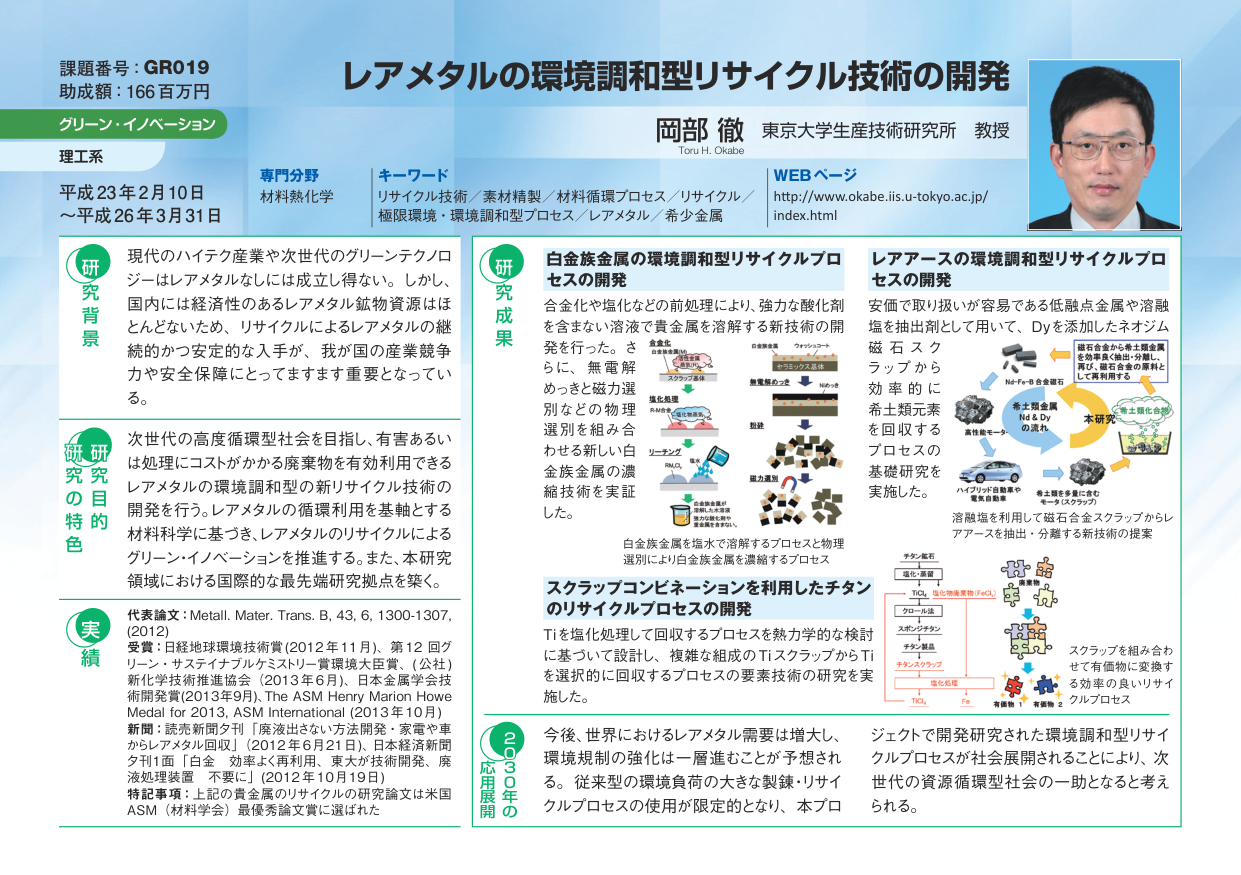
課題番号：GR019
助成額：166百万円
グリーン・イノベーション
理工系
平成23年2月10日
～平成26年3月31日

専門分野
材料熱化学

キーワード
リアメタル技術／素材精製／材料循環プロセス／リサイクル／
極限環境・環境調和型プロセス／レアメタル／希少金属

レアメタルの環境調和型リサイクル技術の開発
岡部 徹 東京大学生産技術研究所 教授
Toru H. Okabe

WEBページ
http://www.okabe.iis.u-tokyo.ac.jp/
index.html

研究背景
現代のハイテク産業や次世代のグリーンテクノロジーはレアメタルなしには成立し得ない。しかし、国内には経済性のあるレアメタル鉱物資源はほとんどないため、リサイクルによるレアメタルの継続的かつ安定的な入手が、我が国の産業競争力や安全保障にとってますます重要となっている。

研究の目的・特色
次世代の高度循環型社会を目指し、有害あるいは処理にコストがかかる廃棄物を有効利用できるレアメタルの環境調和型の新リサイクル技術の開発を行う。レアメタルの循環利用を基軸とする材料科学に基づき、レアメタルのリサイクルによるグリーン・イノベーションを推進する。また、本研究領域における国際的な最先端研究拠点を築く。

研究成果
白金族金属の環境調和型リサイクルプロセスの開発
合金化や塩化などの前処理により、強力な酸化剤を含まない溶渣で貴金属を溶解する新技術の開発を行った。さらに、無電解めっきと磁力選別などの物理選別を組み合わせる新しい白金族金属の濃縮技術を実証した。

白金族金属を塩水で溶解するプロセスと物理選別により白金族金属を濃縮するプロセス

レアアースの環境調和型リサイクルプロセスの開発
安価で取り扱いが容易である低融点金属や溶融塩を抽出剤として用いて、Dyを添加したネオジム磁石スクラップから効率的に希土類元素を回収するプロセスの基礎研究を実施した。

磁石合金から希土類金属を効率良く抽出・分離し、再び、磁石合金の原料として再利用する

溶融塩を用いて磁石合金スクラップからレアアースを抽出・分離する新技術の提案

スクラップコンビネーションを利用したチタンのリサイクルプロセスの開発
Tiを塩化処理して回収するプロセスを熱力学的な検討に基づいて設計し、複雑な組成のTiスクラップからTiを選択的に回収するプロセスの要素技術の研究を実施した。

チタン・磁石
→塩化・溶融
→TiCl₄（塩化物蒸発物）
→クロール法
→スクラップチタン
→チタン精錬
→チタンスクラップ
→塩化処理
→TiCl₄
→Fe
→有価物 1
→有価物 2

スクラップを組み合わせて有価物に変換する効率の良いリサイクルプロセス

実績
代表論文：Metall. Mater. Trans. B, 43, 6, 1300-1307, (2012)
受賞：日経地球環境技術賞（2012年11月）、第12回グリーン・サステイナブルケミストリー賞環境大臣賞、（公社）新化学技術推進協会（2013年6月）、日本金属学会技術開発賞（2013年9月）、The ASM Henry Marion Howe Medal for 2013, ASM International（2013年10月）
新聞：読売新聞夕刊「廃液出さない方法開発・家電や車からレアメタル回収」（2012年6月21日）、日本経済新聞夕刊1面「白金・効率よく再利用、東大が技術開発、廃液処理装置・不要に」（2012年10月19日）
特記事項：上記の貴金属のリサイクルの研究論文は米国ASM（材料学会）最優秀論文賞に選ばれた

応用展開
2030年の
今後、世界におけるレアメタル需要は増大し、環境規制の強化は一層進むことが予想される。従来型の環境負荷の大きな製錬・リサイクルプロセスの使用が限定的となり、本プロジェクトで開発研究された環境調和型リサイクルプロセスが社会展開されることにより、次世代の資源循環型社会の一助となると考えられる。